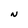
Character: N